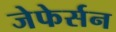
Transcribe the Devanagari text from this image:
जेफेर्सन